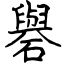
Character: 礜